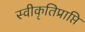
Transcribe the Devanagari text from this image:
स्वीकृतिप्राप्ति